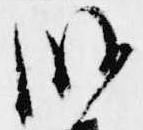
殿